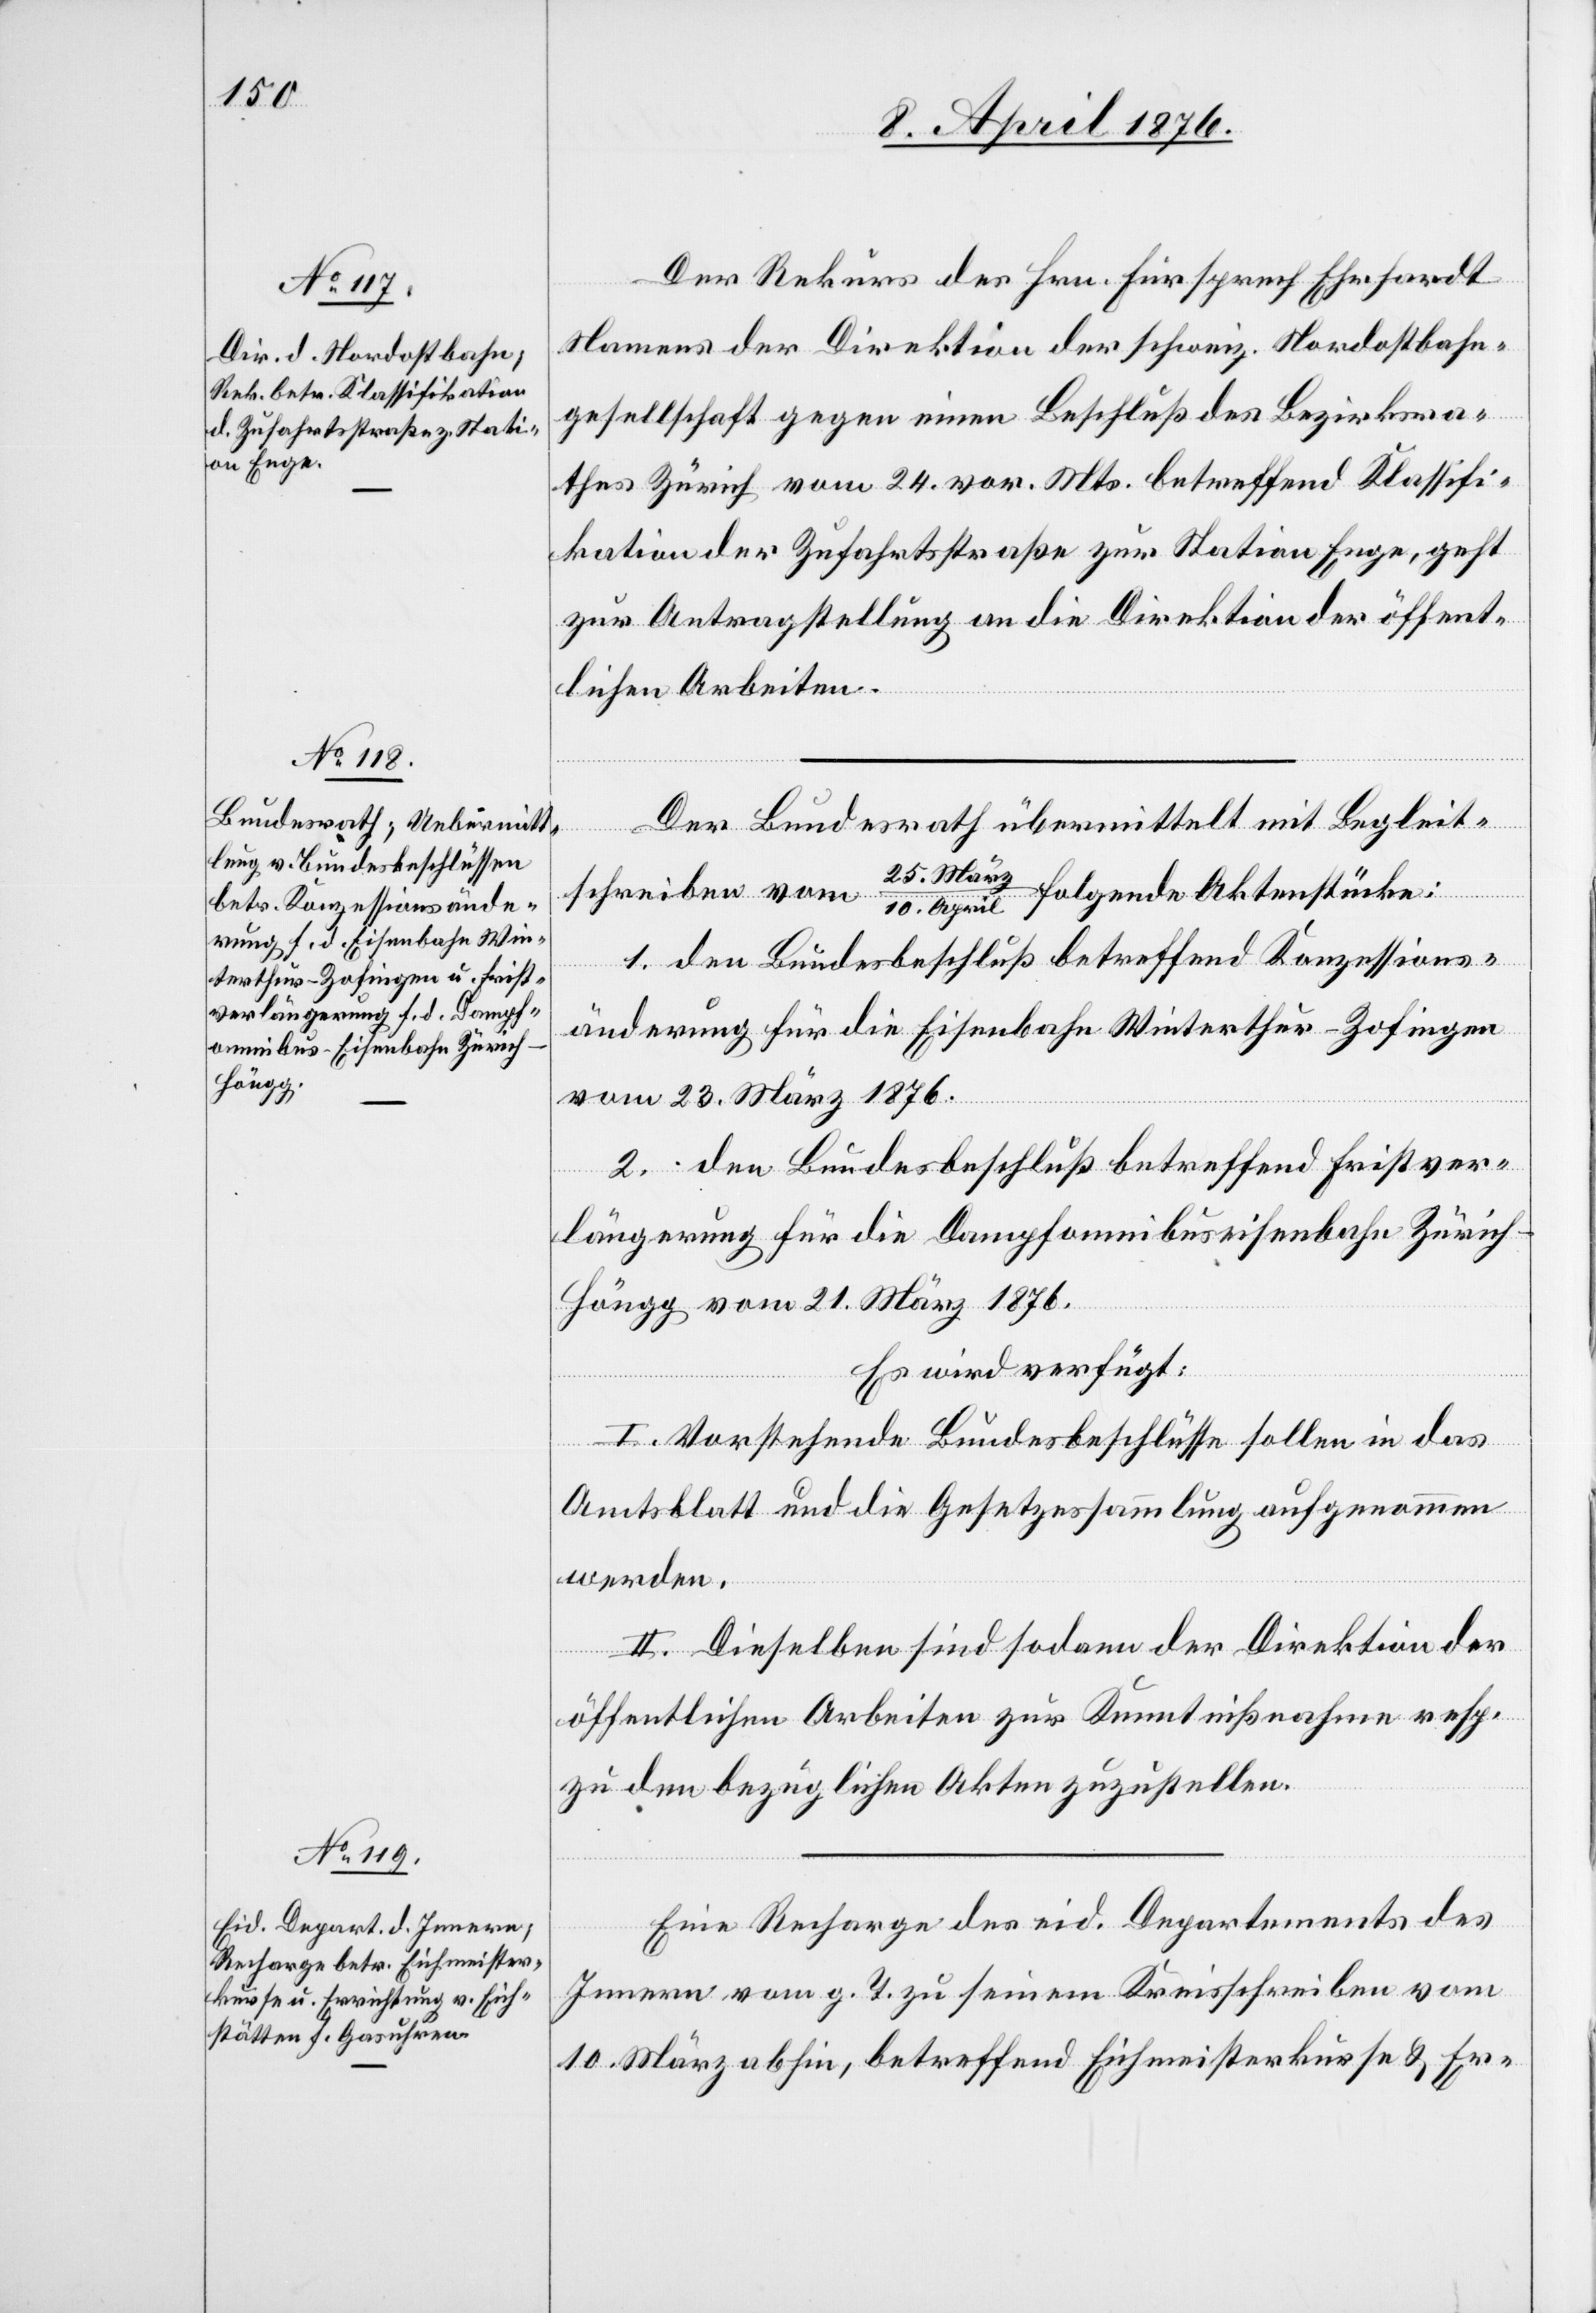
März/10.

11. April 1876.]
Der Rekurs des Hrn. Fürsprech Ehrhardt
Namens der Direktion der schweiz. Nordostbahn¬
gesellschaft gegen einen Beschluß des Bezirksra¬
thes Zürich vom 24. vor. Mts. betreffend Klassifi¬
kation der Zufahrtsstraße zur Station Enge, geht
zur Antragstellung an die Direktion der öffent¬
lichen Arbeiten.
Der Bundesrath übermittelt mit Begleit¬
folgende Aktenstücke:
1. den Bundesbeschluß betreffend Konzessions¬
änderung für die Eisenbahn Winterthur–Zofingen
vom 23. März 1876.
2. den Bundesbeschluß betreffend Fristver¬
längerung für die Dampfomnibusbahn Zürich–H¬
öngg vom 21. März 1876.
Es wird verfügt:
I. Vorstehende Bundesbeschlüsse sollen in das
Amtsblatt und die Gesetzessammlung aufgenommen
werden.
II. Dieselben sind sodann der Direktion der
öffentlichen Arbeiten zur Kenntnisnahme resp.
April
zu den bezüglichen Akten zuzustellen.
Eine Recharge des eid. Departement des
Innern vom g. T. zu seinem Kreisschreiben vom
10. März abhin, betreffend Eichmeisterkurse & Er-